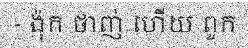
- ង៉ុក ថាញ់ ហើយ ពួក